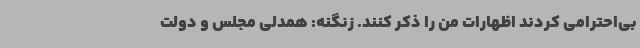
بی‌احترامی کردند اظهارات من را ذکر کنند. زنگنه: همدلی مجلس و دولت